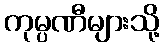
ကုမ္ပဏီများသို့